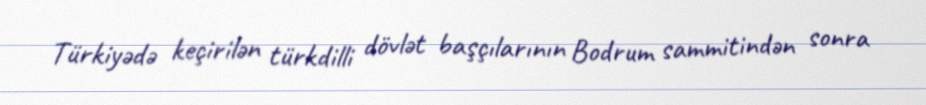
Türkiyədə keçirilən türkdilli dövlət başçılarının Bodrum sammitindən sonra